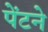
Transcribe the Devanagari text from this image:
पेंटने